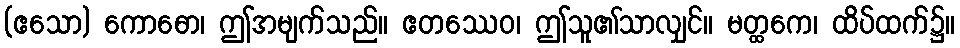
(ဧသော) ကောဓော၊ ဤအမျက်သည်။ ဧတဿေဝ၊ ဤသူ၏သာလျှင်။ မတ္ထကေ၊ ထိပ်ထက်၌။